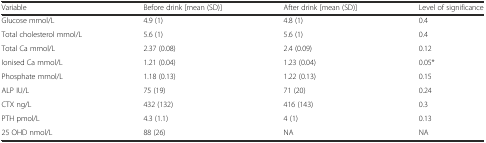
<table><thead><tr><td><b>Variable</b></td><td><b>Before drink [mean (SD)]</b></td><td><b>After drink [mean (SD)]</b></td><td><b>Level of significance</b></td></tr></thead><tbody><tr><td>Glucose mmol/L</td><td>4.9 (1)</td><td>4.8 (1)</td><td>0.4</td></tr><tr><td>Total cholesterol mmol/L</td><td>5.6 (1)</td><td>5.6 (1)</td><td>0.4</td></tr><tr><td>Total Ca mmol/L</td><td>2.37 (0.08)</td><td>2.4 (0.09)</td><td>0.12</td></tr><tr><td>Ionised Ca mmol/L</td><td>1.21 (0.04)</td><td>1.23 (0.04)</td><td>0.05*</td></tr><tr><td>Phosphate mmol/L</td><td>1.18 (0.13)</td><td>1.22 (0.13)</td><td>0.15</td></tr><tr><td>ALP IU/L</td><td>75 (19)</td><td>71 (20)</td><td>0.24</td></tr><tr><td>CTX ng/L</td><td>432 (132)</td><td>416 (143)</td><td>0.3</td></tr><tr><td>PTH pmol/L</td><td>4.3 (1.1)</td><td>4 (1)</td><td>0.13</td></tr><tr><td>25 OHD nmol/L</td><td>88 (26)</td><td>NA</td><td>NA</td></tr></tbody></table>